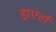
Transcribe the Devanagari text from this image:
ड्राएर्स